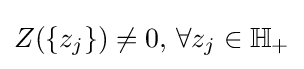
Z(\{z_{j}\})\neq 0,\,\forall z_{j}\in \mathbb {H} _{+}